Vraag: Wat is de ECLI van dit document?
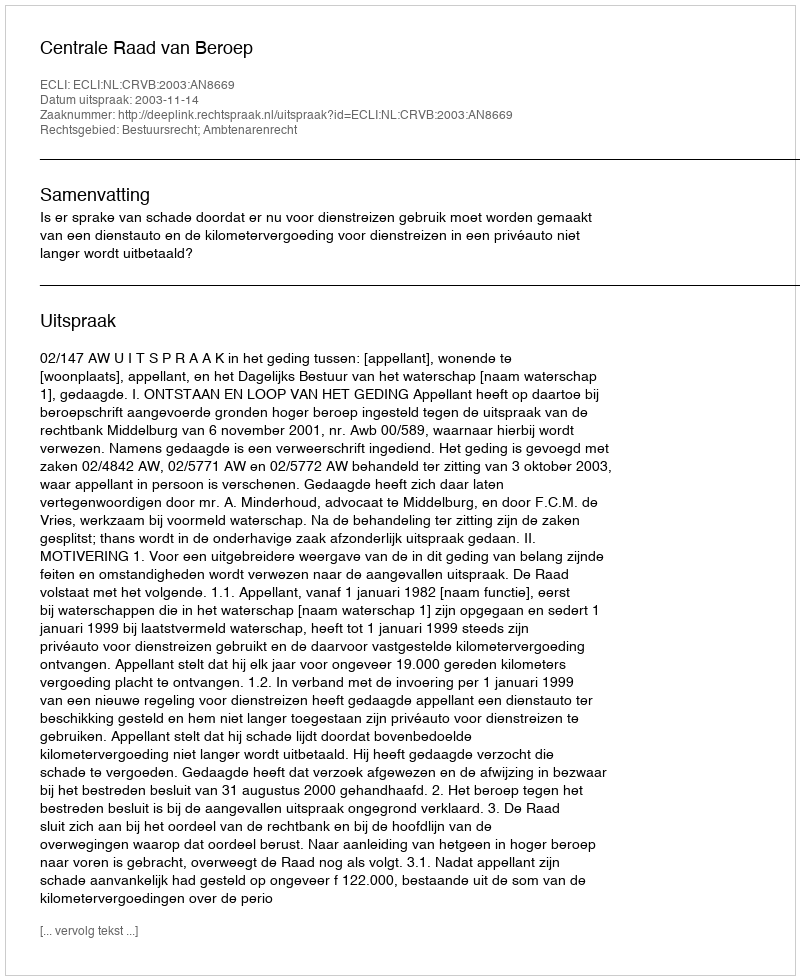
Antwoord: ECLI:NL:CRVB:2003:AN8669